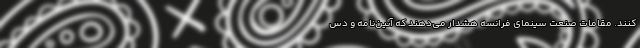
کنند. مقامات صنعت سینمای فرانسه هشدار می‌‌دهند که آئین‌نامه‌ و دس